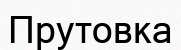
Прутовка